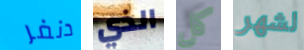
دنفر الذي كل لشهر